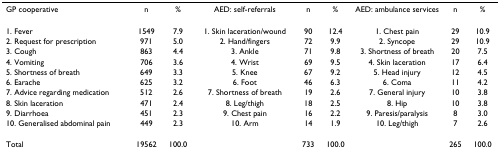
<table><thead><tr><td><b>GP cooperative</b></td><td><b>n</b></td><td><b>%</b></td><td><b>AED: self-referrals</b></td><td><b>n</b></td><td><b>%</b></td><td><b>AED: ambulance services</b></td><td><b>n</b></td><td><b>%</b></td></tr></thead><tbody><tr><td>1. Fever</td><td>1549</td><td>7.9</td><td>1. Skin laceration/wound</td><td>90</td><td>12.4</td><td>1. Chest pain</td><td>29</td><td>10.9</td></tr><tr><td>2. Request for prescription</td><td>971</td><td>5.0</td><td>2. Hand/fingers</td><td>72</td><td>9.9</td><td>2. Syncope</td><td>29</td><td>10.9</td></tr><tr><td>3. Cough</td><td>863</td><td>4.4</td><td>3. Ankle</td><td>71</td><td>9.8</td><td>3. Shortness of breath</td><td>20</td><td>7.5</td></tr><tr><td>4. Vomiting</td><td>706</td><td>3.6</td><td>4. Wrist</td><td>69</td><td>9.5</td><td>4. Skin laceration</td><td>17</td><td>6.4</td></tr><tr><td>5. Shortness of breath</td><td>649</td><td>3.3</td><td>5. Knee</td><td>67</td><td>9.2</td><td>5. Head injury</td><td>12</td><td>4.5</td></tr><tr><td>6. Earache</td><td>625</td><td>3.2</td><td>6. Foot</td><td>46</td><td>6.3</td><td>6. Coma</td><td>11</td><td>4.2</td></tr><tr><td>7. Advice regarding medication</td><td>512</td><td>2.6</td><td>7. Shortness of breath</td><td>19</td><td>2.6</td><td>7. General injury</td><td>10</td><td>3.8</td></tr><tr><td>8. Skin laceration</td><td>471</td><td>2.4</td><td>8. Leg/thigh</td><td>18</td><td>2.5</td><td>8. Hip</td><td>10</td><td>3.8</td></tr><tr><td>9. Diarrhoea</td><td>451</td><td>2.3</td><td>9. Chest pain</td><td>16</td><td>2.2</td><td>9. Paresis/paralysis</td><td>8</td><td>3.0</td></tr><tr><td>10. Generalised abdominal pain</td><td>449</td><td>2.3</td><td>10. Arm</td><td>14</td><td>1.9</td><td>10. Leg/thigh</td><td>7</td><td>2.6</td></tr><tr><td>Total</td><td>19562</td><td>100.0</td><td></td><td>733</td><td>100.0</td><td></td><td>265</td><td>100.0</td></tr></tbody></table>